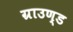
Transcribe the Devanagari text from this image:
ग्राउण्‍ड